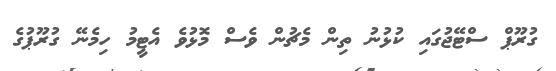
ގުރޫޕް ސްޓޭޖުގައި ކުޅުނު ތިން މެޗުން ވެސް މޮޅުވެ އެޓީމު ހިމެނޭ ގުރޫޕުގެ